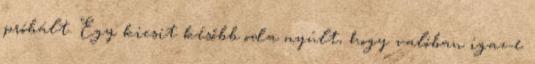
próbált. Egy kicsit később oda nyúlt, hogy valóban igaz-e